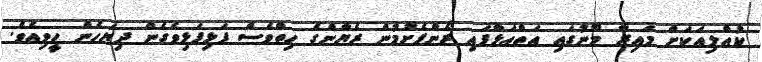
ކުއްލިއަކަށް މައިރާ މޫނުގައި އަތްއަޅާފައި ރޯންފެށުމުން ރެޔާންގެ ހިތްވެސް ފަޅިފަޅިވެގެން ދިޔަހެން ހީވިއެވެ.